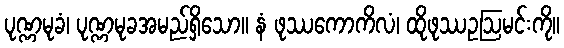
ပုဏ္ဏမုခံ၊ ပုဏ္ဏမုခအမည်ရှိသော။ နံ ဖုဿကောကိလံ၊ ထိုဖုဿဥဩမင်းကို။